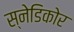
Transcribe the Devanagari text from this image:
स्नेडिकोर